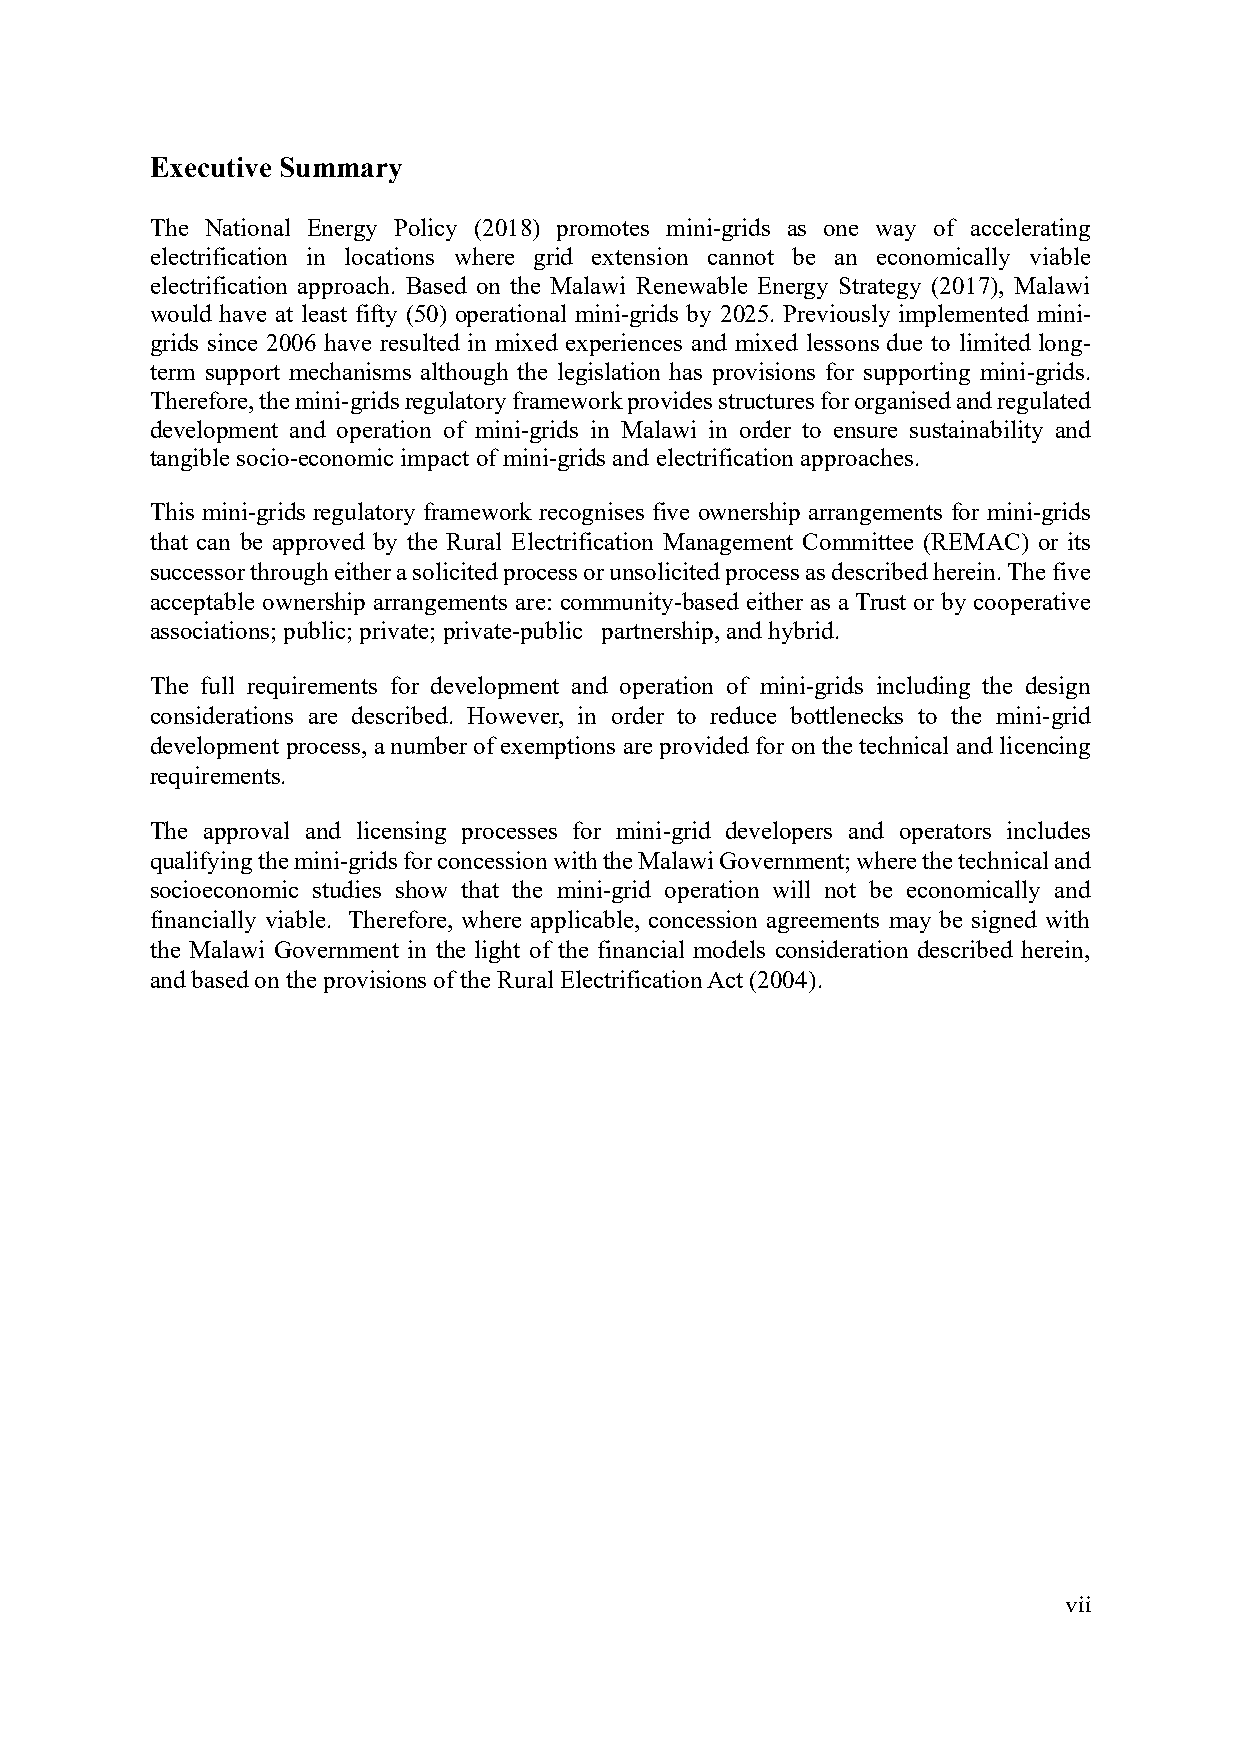
Executive Summary
 The National Energy Policy (2018) promotes mini-grids as one way of accelerating
 electrification in locations where grid extension cannot be an economically viable
 electrification approach. Based on the Malawi Renewable Energy Strategy (2017), Malawi
 would have at least fifty (50) operational mini-grids by 2025. Previously implemented mini-
 grids since 2006 have resulted in mixed experiences and mixed lessons due to limited long-
 term support mechanisms although the legislation has provisions for supporting mini-grids.
 Therefore, the mini-grids regulatory framework provides structures for organised and regulated
 development and operation of mini-grids in Malawi in order to ensure sustainability and
 tangible socio-economic impact of mini-grids and electrification approaches.
 This mini-grids regulatory framework recognises five ownership arrangements for mini-grids
 that can be approved by the Rural Electrification Management Committee (REMAC) or its
 successor through either a solicited process or unsolicited process as described herein. The five
 acceptable ownership arrangements are: community-based either as a Trust or by cooperative
 associations; public; private; private-public partnership, and hybrid.
 The full requirements for development and operation of mini-grids including the design
 considerations are described. However, in order to reduce bottlenecks to the mini-grid
 development process, a number of exemptions are provided for on the technical and licencing
 requirements.
 The approval and licensing processes for mini-grid developers and operators includes
 qualifying the mini-grids for concession with the Malawi Government; where the technical and
 socioeconomic studies show that the mini-grid operation will not be economically and
 financially viable. Therefore, where applicable, concession agreements may be signed with
 the Malawi Government in the light of the financial models consideration described herein,
 and based on the provisions of the Rural Electrification Act (2004).
 vii